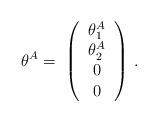
LaTeX: \begin{align*}\theta^A = \; \left( \begin{tabular}{c} $\theta_1^A$ \\$ \theta_2^A$ \\ $0$ \\ $0$ \end{tabular} \right)\,.\end{align*}